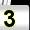
Digit: 3